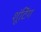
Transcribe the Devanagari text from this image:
शूंटिंग